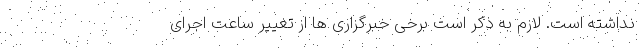
نداشته است. لازم به ذکر است برخی خبرگزاری ها از تغییر ساعت اجرای